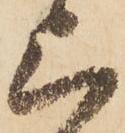
上